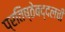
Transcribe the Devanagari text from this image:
प्रतिष्ठेबद्दलची